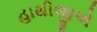
હાથીજીએ